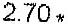
2.70 *